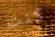
كنت